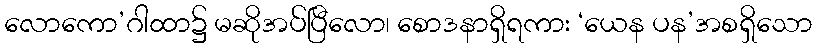
လောကော’ဂါထာ၌ မဆိုအပ်ပြီလော၊ စောဒနာရှိရကား ‘ယေန ပန’အစရှိသော